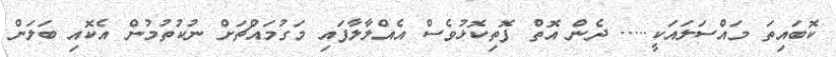
ކޮބައިތަ މައްސަލައަކީ..... ދެން އޮތް ފޮތިކޮޅުވެސް އެއްލާލާފައި މަގުމައްޗަށް ނުކުތުމުން އެކޮއި ބަލަން